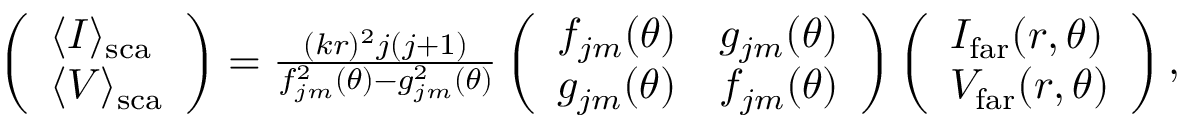
\begin{array} { r } { \left( \begin{array} { l } { \langle I \rangle _ { \mathrm { { s c a } } } } \\ { \langle V \rangle _ { \mathrm { s c a } } } \end{array} \right) = \frac { ( k r ) ^ { 2 } j ( j + 1 ) } { f _ { j m } ^ { 2 } ( \theta ) - g _ { j m } ^ { 2 } ( \theta ) } \left( \begin{array} { l l } { f _ { j m } ( \theta ) } & { g _ { j m } ( \theta ) } \\ { g _ { j m } ( \theta ) } & { f _ { j m } ( \theta ) } \end{array} \right) \left( \begin{array} { l } { I _ { \mathrm { f a r } } ( r , \theta ) } \\ { V _ { \mathrm { f a r } } ( r , \theta ) } \end{array} \right) , } \end{array}